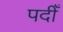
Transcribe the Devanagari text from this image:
पदीँ